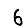
Digit: 6